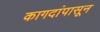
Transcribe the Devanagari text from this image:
कागदांपासून